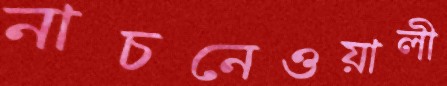
নাচনেওয়ালী